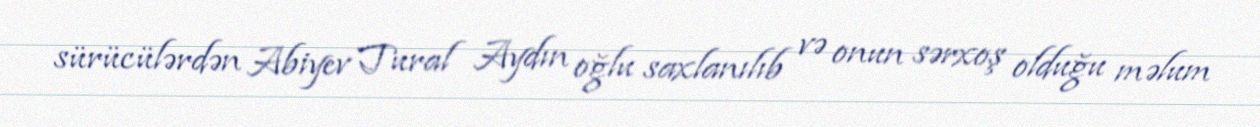
sürücülərdən Abiyev Tural Aydın oğlu saxlanılıb və onun sərxoş olduğu məlum